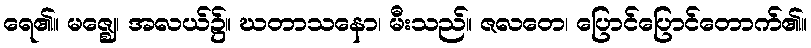
ရေ၏။ မဇ္ဈေ၊ အလယ်၌။ ဃတာသနော၊ မီးသည်။ ဇလတေ၊ ပြောင်ပြောင်တောက်၏။